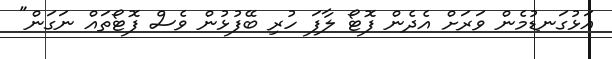
އަޅުގަނޑުމެން ވަރަށް އެދެން ފޮޓޯ ލާފަ ހުރި ބޭފުޅުން ވެސް ފޮޓޯތައް ނަގަން"